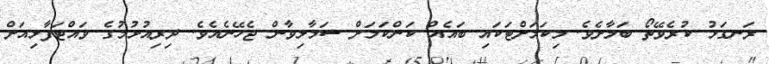
ރަނގަޅު ކުރެވޭތޯ ބަލާށެވެ. މިކަމަށްޓަކައި ބައެއް ކަންކަމަށް ސަމާލިވާން ޖެހޭނެއެވެ. ދިރިއުޅުމުގެ ވައްޓަފާޅިއަށް